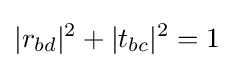
|r_{bd}|^{2}+|t_{bc}|^{2}=1